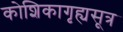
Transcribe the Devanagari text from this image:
कोशिकागृह्यसूत्र